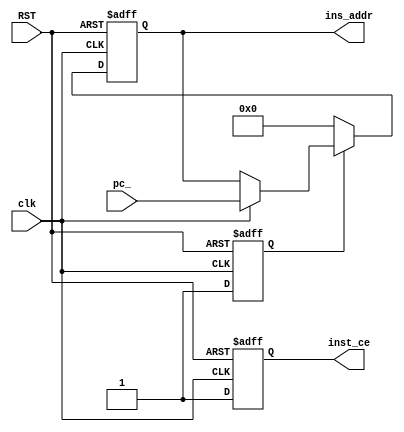
`timescale 1ns / 1ps
//////////////////////////////////////////////////////////////////////////////////
// Company: 
// Engineer: 
// 
// Design Name: 
// Module Name: aludec
// Project Name: 
// Target Devices: 
// Tool Versions: 
// Description: 
// 
// Dependencies: 
// 
// Revision:
// Revision 0.01 - File Created
// Additional Comments:
// 
//////////////////////////////////////////////////////////////////////////////////
//PCD  PC() 2  clk, rst, 
// 2  pc, inst_ce,  addra, ena 
// addra  coe 

module pc(
    input clk,
    input RST,
    input [31:0]pc_,
    output reg [31:0]ins_addr,
    output reg inst_ce
    );
// PC+1
reg start;
reg [1:0]count;
always@(posedge clk or posedge RST) begin
    if(RST) begin
        inst_ce<=0;
        ins_addr <= 32'h00000000;
        start <= 0;
    end
    else begin
        if(start == 0) begin
           start <= 1;
           inst_ce<=1;
           ins_addr <= 32'h00000000;
        end
        else begin
            inst_ce<=1;
            if(clk) begin
               ins_addr<=pc_;
            end               
        end
    end
end
 
/*    if(RST) begin
        inst_ce<=0;
        ins_addr <= 32'h00000000;
        start <= 0;
        count <= 0;
    end
    else begin
        if(start == 0) begin
           start <= 1;
           inst_ce<=1;
           count <= 0;
           ins_addr <= 32'h00000000;
        end
        else begin
            inst_ce<=1;
            if(clk) begin
                if(count == 3) begin
                    ins_addr<=pc_;
                    count <= 0;
                end
                else if(count < 3) begin
                    count<=count+1;
                end               
            end
        end
    end*/
//adder pcplus(.a(ins_addr),.b(32'h00000004),.c(pc_));
endmodule